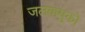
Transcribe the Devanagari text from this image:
जलवायुको